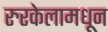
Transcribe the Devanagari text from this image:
रुरकेलामधून